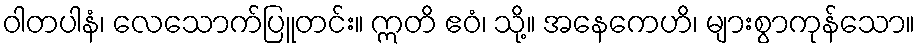
ဝါတပါနံ၊ လေသောက်ပြူတင်း။ ဣတိ ဧဝံ၊ သို့။ အနေကေဟိ၊ များစွာကုန်သော။